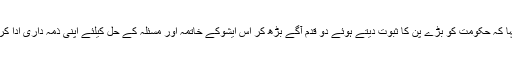
انہوں نے کہا کہ حکومت کو بڑے پن کا ثبوت دیتے ہوئے دو قدم آگے بڑھ کر اس ایشوکے خاتمہ اور مسئلہ کے حل کیلئے اپنی ذمہ داری ادا کرنی چاہئے ۔